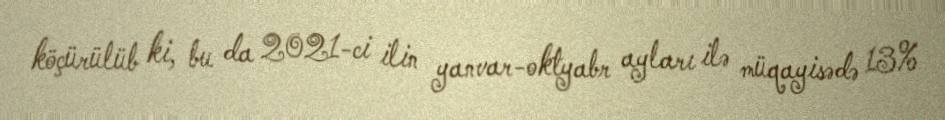
köçürülüb ki, bu da 2021-ci ilin yanvar-oktyabr ayları ilə müqayisədə 13%